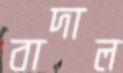
বাদাল